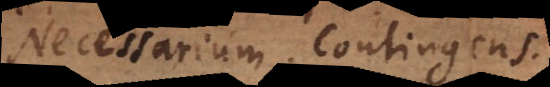
Necessarium. Contingens.